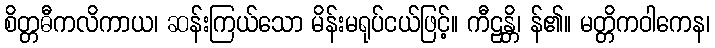
စိတ္တဓီကလိကာယ၊ ဆန်းကြယ်သော မိန်းမရုပ်ငယ်ဖြင့်။ ကီဠန္တိ၊ န်၏။ မတ္တိကဝါကေန၊